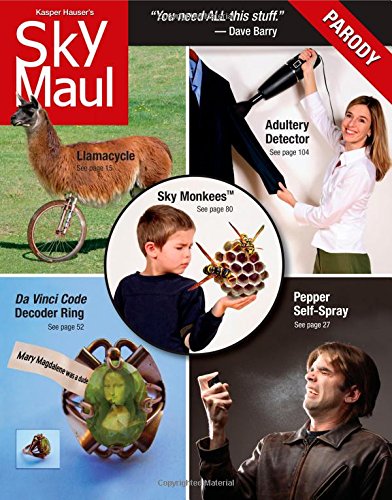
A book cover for SkyMaul: Happy Crap You Can Buy from a Plane; Robert Baedeker; Travel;